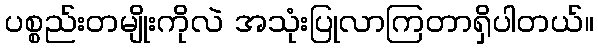
ပစ္စည်းတမျိုးကိုလဲ အသုံးပြုလာကြတာရှိပါတယ်။